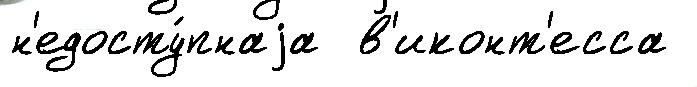
н'едосту́пнаjа  в'иконт'есса